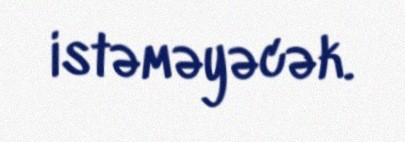
istəməyəcək.